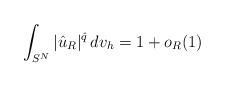
LaTeX: \begin{align*} \int_{S^N} |\hat u_R|^{\hat q}\,dv_h = 1+o_R(1)\end{align*}